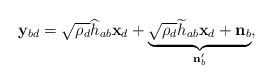
LaTeX: \begin{align*}{\mathbf{y}_{bd}} =\sqrt{\rho_d}\widehat{h}_{ab}\mathbf{x}_d+\underbrace{\sqrt{\rho_d}\widetilde{h}_{ab}\mathbf{x}_d+\mathbf{n}_b}_{\mathbf{n}_b'},\end{align*}